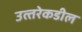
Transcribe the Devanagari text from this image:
उत्‍तरेकडील